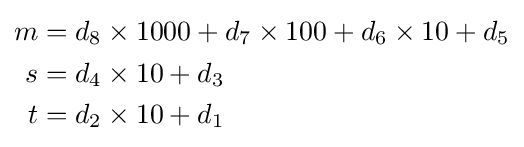
{\begin{aligned}m&=d_{8}\times 1000+d_{7}\times 100+d_{6}\times 10+d_{5}\\s&=d_{4}\times 10+d_{3}\\t&=d_{2}\times 10+d_{1}\end{aligned}}